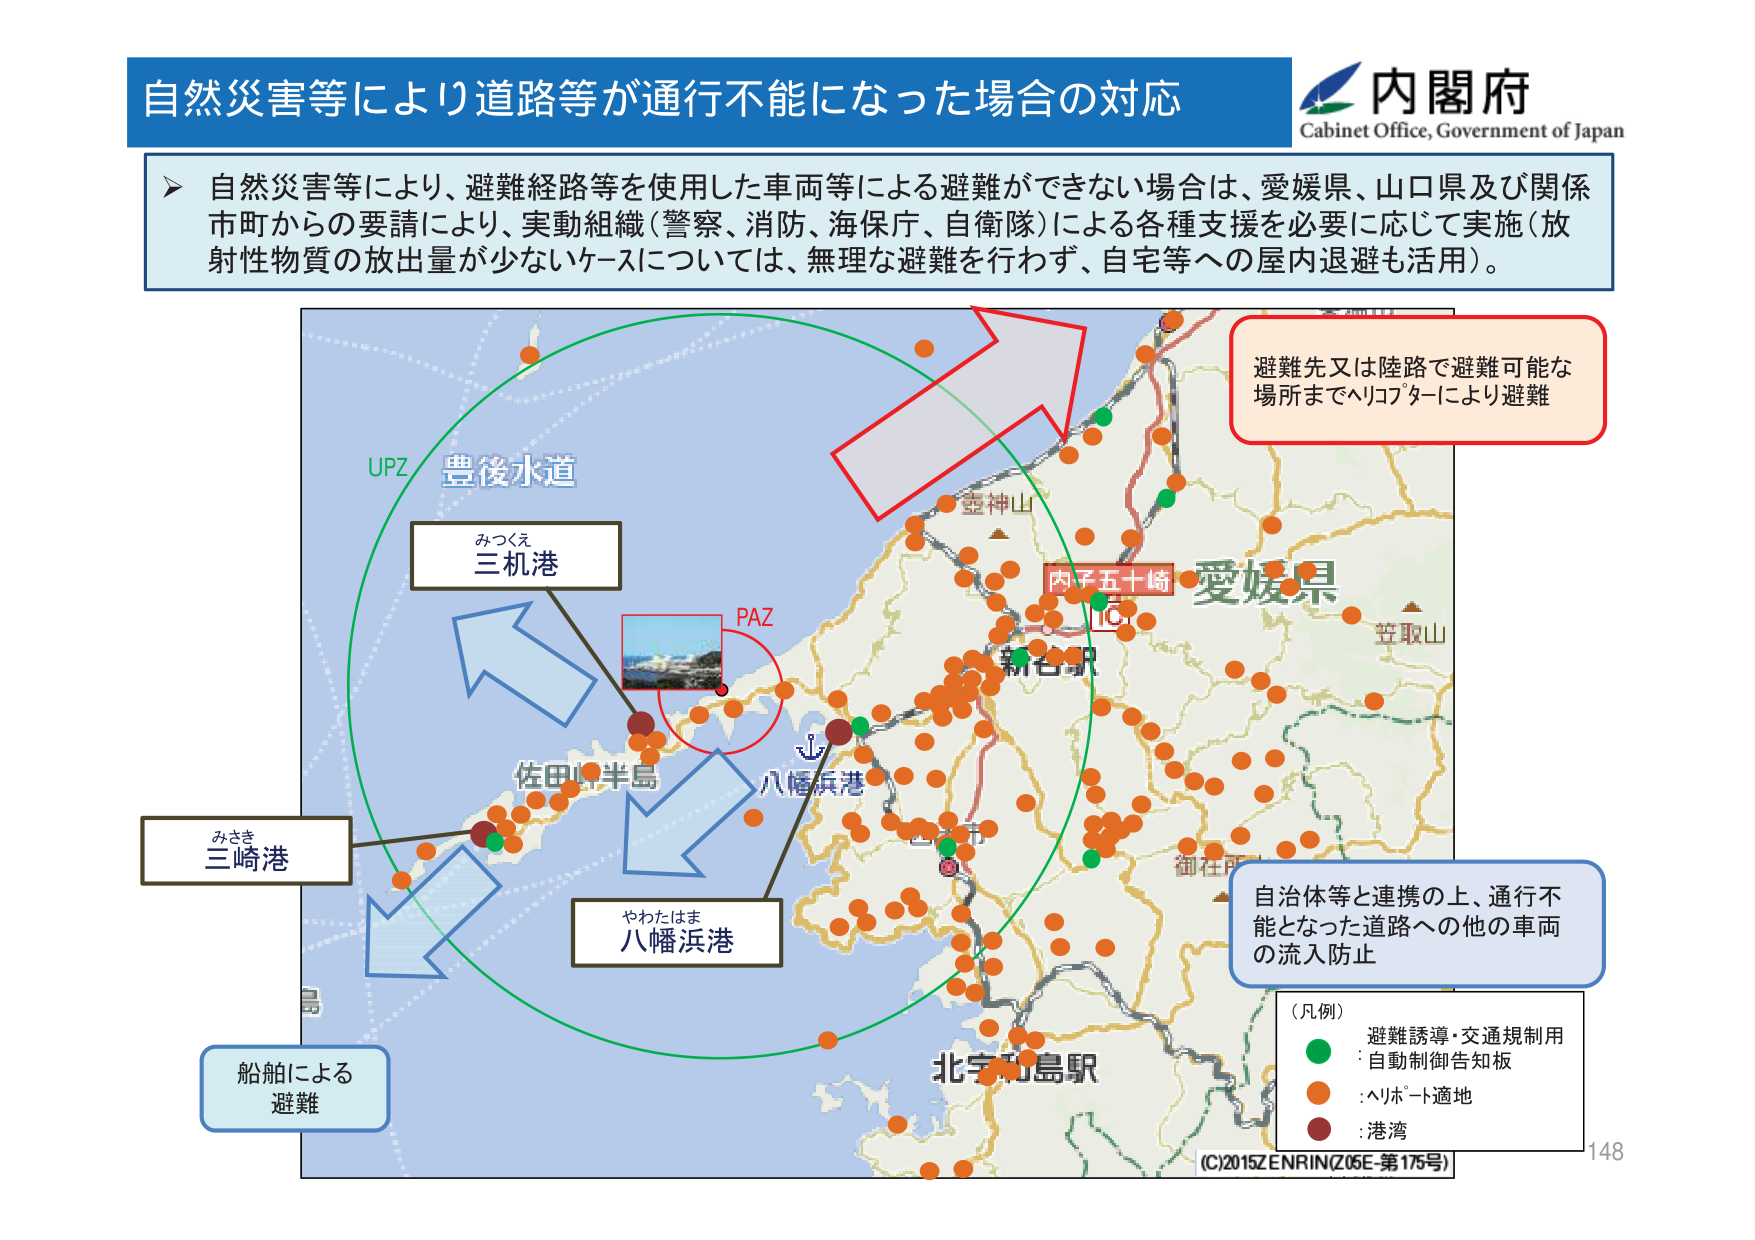
自然災害等により道路等が通行不能になった場合の対応
内閣府
Cabinet Office, Government of Japan

自然災害等により、避難経路等を使用した車両等による避難ができない場合は、愛媛県、山口県及び関係市町からの要請により、実動組織（警察、消防、海保庁、自衛隊）による各種支援を必要に応じて実施（放射性物質の放出量が少ないケースについては、無理な避難を行わず、自宅等への屋内退避も活用）。

避難先又は陸路で避難可能な場所までヘリコプターにより避難

UPZ
豊後水道
みつくえ
三机港
PAZ
佐田岬半島
八幡浜港
やわたはま
八幡浜港
三崎港
みさき
船舶による避難

愛媛県
笠取山
内子五十崎
新谷駅
御在所
北宇和島駅

自治体等と連携の上、通行不能となった道路への他の車両の流入防止

（凡例）
・避難誘導・交通規制用
　：自動制御告知板
・：ヘリポート適地
・：港湾

(C)2015 ZENRIN (Z05E-第175号)
148